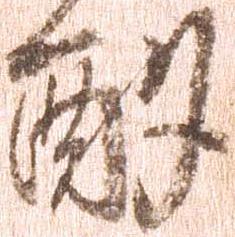
酌